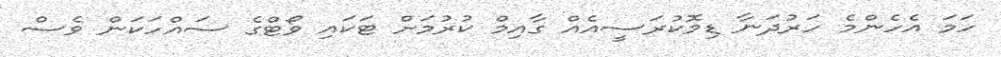
ހަމަ އެހެންމެ ހަރުދަނާ ޑިމޮކުރަސީއެއް ގާއިމް ކުރުމަށް ޓަކައި ވޯޓްގެ ސައްހަކަން ވެސް